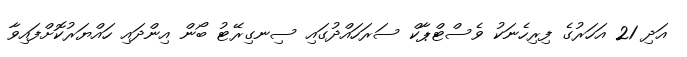
އަދި 21 އަހަރުގެ ފިރިހެނަކު ވެސްޓްޕާކް ސަރަހައްދުގައި ސިނގިރޭޓު ބޯން އިންދައި ހައްޔަރުކޮށްފައިވާ